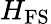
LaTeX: H_{\mathrm{FS}}